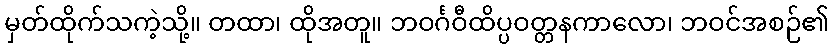
မှတ်ထိုက်သကဲ့သို့။ တထာ၊ ထိုအတူ။ ဘဝင်္ဂဝီထိပ္ပဝတ္တနကာလော၊ ဘဝင်အစဉ်၏